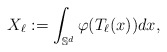
\begin{align*}X_\ell := \int_{\mathbb S^d} \varphi(T_\ell(x)) dx,\end{align*}